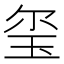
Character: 玺